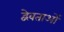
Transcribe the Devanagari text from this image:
द्वेवताओं